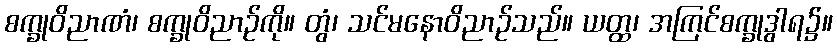
စက္ခုဝိညာဏံ၊ စက္ခုဝိညာဉ်ကို။ တွံ၊ သင်မနောဝိညာဉ်သည်။ ယတ္ထ၊ အကြင်စက္ခုဒွါရ၌။